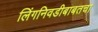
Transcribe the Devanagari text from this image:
लिंगनिवडीबाबतचा